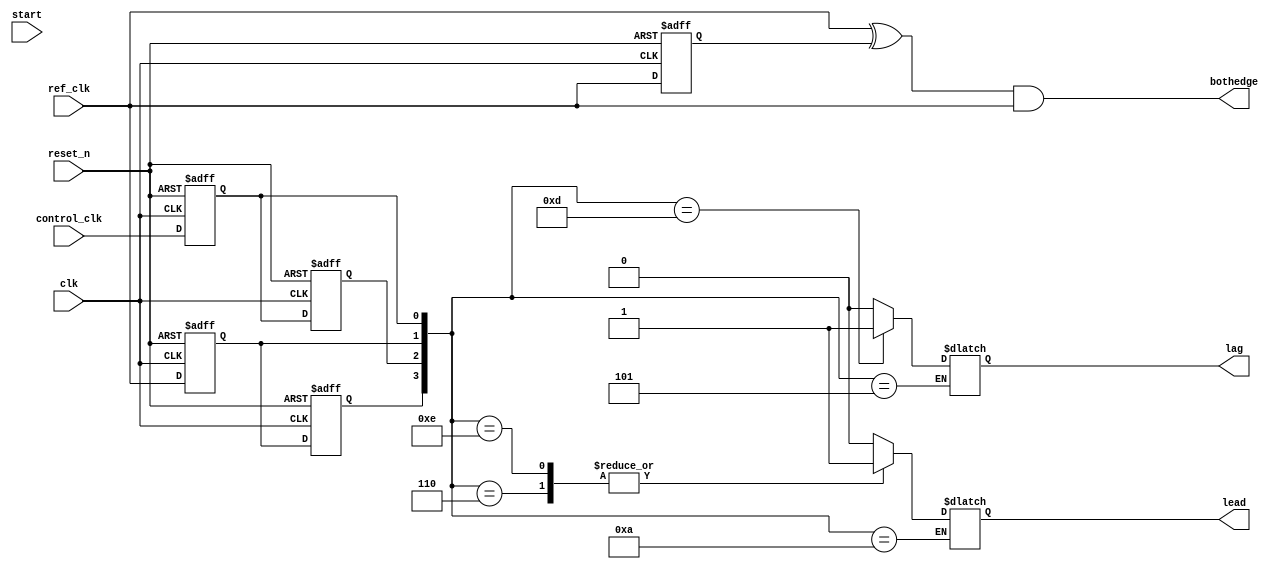
//ref-n  control-n  ref-n+1  control-n+1   |	lead	lag
// 0        0         0           0	   |	0	0
// 0        0         0 	  1	   |	0	0
// 0        0         1           0	   |	1	0
// 0        0         1           1	   |	0	0
//					   
// 0        1         0           0	   |	0	0
// 0        1         0 	  1 	   |	0	stay
// 0        1         1 	  0	   |	1	0
// 0        1         1 	  1	   |	0	0
//					   
// 1        0         0 	  0	   |	0	0
// 1        0         0 	  1	   |	0	0
// 1        0         1 	  0	   |	1	0
// 1        0         1 	  1	   |	0	0
//					   	
// 1        1         0 	  0	   |	0	0
// 1        1         0 	  1	   |	0	1
// 1        1         1 	  0	   |	1	0
// 1        1         1 	  1	   |	0	0


module dpd(
input clk,
input reset_n,
input control_clk,
input ref_clk,
input start,

output reg lead,
output 	reg lag,
output wire bothedge

);

reg K;
always @(posedge clk or negedge reset_n)begin
if(!reset_n) K <=1'b0;
else K <=ref_clk;
end
assign bothedge = (ref_clk^K)&&ref_clk;

reg ref_clk_now,ref_clk_last,control_clk_now,control_clk_last;
always @(posedge clk or negedge reset_n)begin
if(!reset_n)begin
ref_clk_now <= 1'b0;
ref_clk_last <= 1'b0;
control_clk_now <= 1'b0;
control_clk_last <= 1'b0;
end
else begin
ref_clk_now <= ref_clk;
ref_clk_last <= ref_clk_now;
control_clk_now <= control_clk;
control_clk_last <= control_clk_now;
end
end

wire [3:0]data;
assign data = {ref_clk_last,control_clk_last,ref_clk_now,control_clk_now};
always @(*)
begin
	case(data)
	4'b0000:begin
		lead = 0;
		lag = 0;
		end
	4'b0001:begin
		lead = 0;
		lag = 0;
		end
	4'b0010:begin
		lead = 0;
		lag = 0;
		end
	4'b0011:begin
		lead = 0;//1
		lag = 0;
		end
	4'b0100:begin
		lead = 0;
		lag = 0;
		end
	4'b0101:begin
		lead = 0;
		lag = lag;
		end
	4'b0110:begin
		lead = 1;
		lag = 0;
		end
	4'b0111:begin
		lead = 0;
		lag = 0;
		end
	4'b1000:begin
		lead = 0;
		lag = 0;
		end
	4'b1001:begin
		lead = 0;
		lag = 0;
		end
	4'b1010:begin
		lead = lead;//1
		lag = 0;
		end
	4'b1011:begin
		lead = 0;
		lag = 0;
		end
	4'b1100:begin
		lead = 0;
		lag = 0;
		end
	4'b1101:begin
		lead = 0;
		lag = 1;
		end
	4'b1110:begin
		lead = 1;
		lag = 0;
		end
	4'b1111:begin
		lead = 0;
		lag = 0;
		end
	endcase
end
endmodule